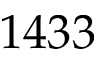
1 4 3 3